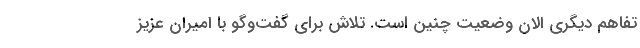
تفاهم دیگری الان وضعیت چنین است. تلاش برای گفت‌وگو با امیران عزیز